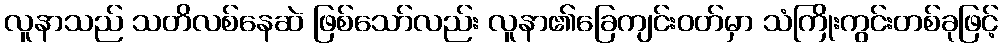
လူနာသည် သတိလစ်နေဆဲ ဖြစ်သော်လည်း လူနာ၏ခြေကျင်းဝတ်မှာ သံကြိုးကွင်းတစ်ခုဖြင့်